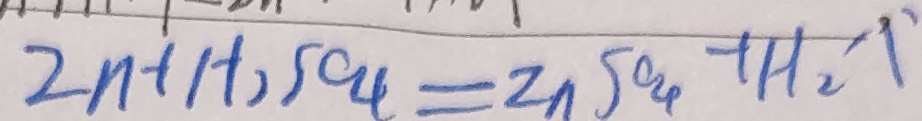
2 n + H _ { 2 } S O _ { 4 } = Z n S O _ { 4 } + H _ { 2 } \uparrow